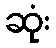
ဆုံး